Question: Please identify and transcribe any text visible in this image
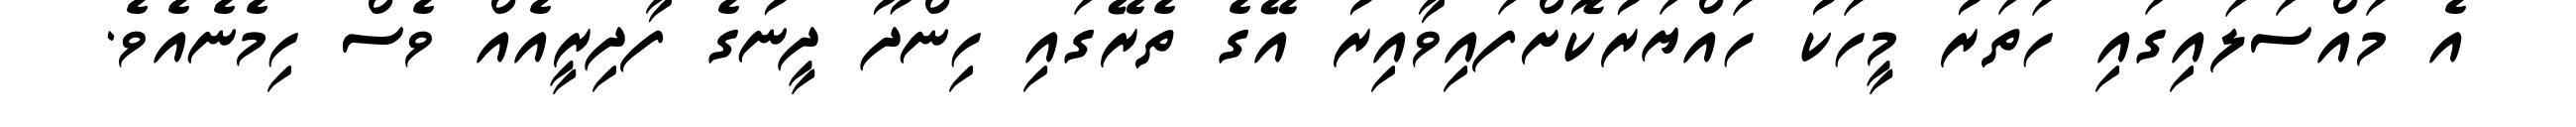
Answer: އެ މައްސަލައިގައި ހަތަރު މީހަކު ހައްޔަރުކޮށްފައިވާއިރު އޭގެ ތެރޭގައި ހިންދޫ ދީނުގެ ފާދިރީއެއް ވެސް ހިމެނެއެވެ.